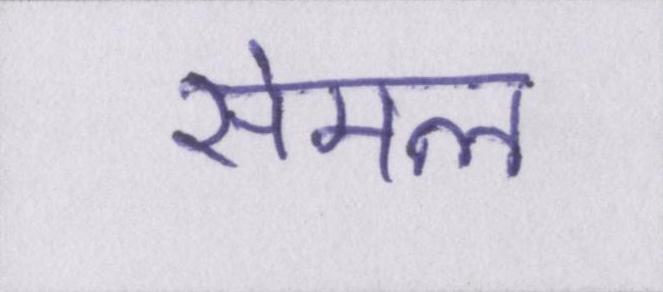
सेमल